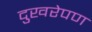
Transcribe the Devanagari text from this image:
दुखरेपण